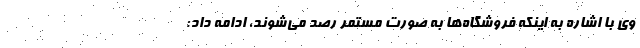
وي با اشاره به اينكه فروشگاه‌ها به صورت مستمر رصد می‌شوند، ادامه داد: